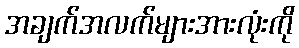
အချက်အလက်များအားလုံးကို